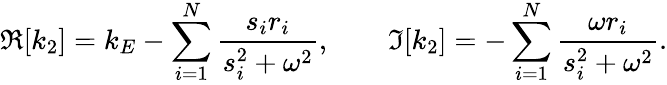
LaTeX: \Re[k_{2}]=k_{E}-\sum_{i=1}^{N}\frac{s_{i}r_{i}}{s_{i}^{2}+\omega^{2}},\qquad\Im[k_{2}]=-\sum_{i=1}^{N}\frac{\omega r_{i}}{s_{i}^{2}+\omega^{2}}.